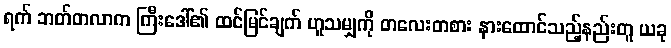
ရက် ဘတ်တလာက ကြီးဒေါ်၏ ထင်မြင်ချက် ဟူသမျှကို တလေးတစား နားထောင်သည့်နည်းတူ ယခု